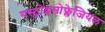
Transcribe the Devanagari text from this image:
गस्ट्रोइसोफ्लेजियल